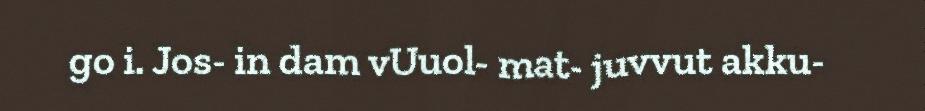
go i. Jos- in dam vUuol- mat- juvvut akku-